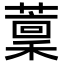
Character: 𦼹